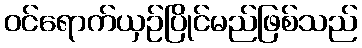
ဝင်ရောက်ယှဉ်ပြိုင်မည်ဖြစ်သည်